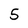
Character: 5